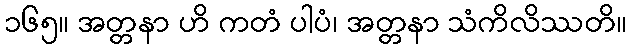
၁၆၅။ အတ္တနာ ဟိ ကတံ ပါပံ၊ အတ္တနာ သံကိလိဿတိ။